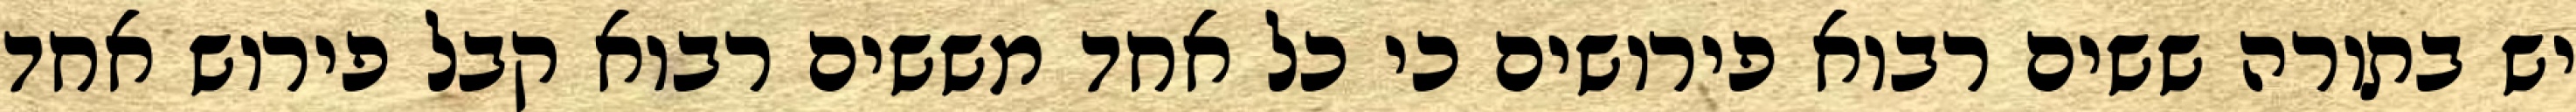
יש בתורה ששים רבוא פירושים כי כל אחד מששים רבוא קבל פירוש אחד